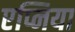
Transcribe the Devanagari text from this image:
एप्निया